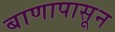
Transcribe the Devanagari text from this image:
बाणापासून